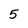
Character: 5